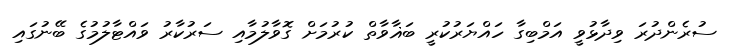
ސުރެންދުރަ ވިދާޅުވީ އަމްބިގާ ހައްޔަރުކުރީ ބަޣާވާތް ކުރުމަށް ގޮވާލުމާއި ސަރުކާރު ވައްޓާލުމުގެ ބޭނުގައި